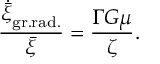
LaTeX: { \frac { \dot { \bar { \xi } } _ { \mathrm { g r . r a d . } } } { \bar { \xi } } } = { \frac { \Gamma G \mu } { \zeta } } .